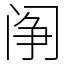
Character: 䦶